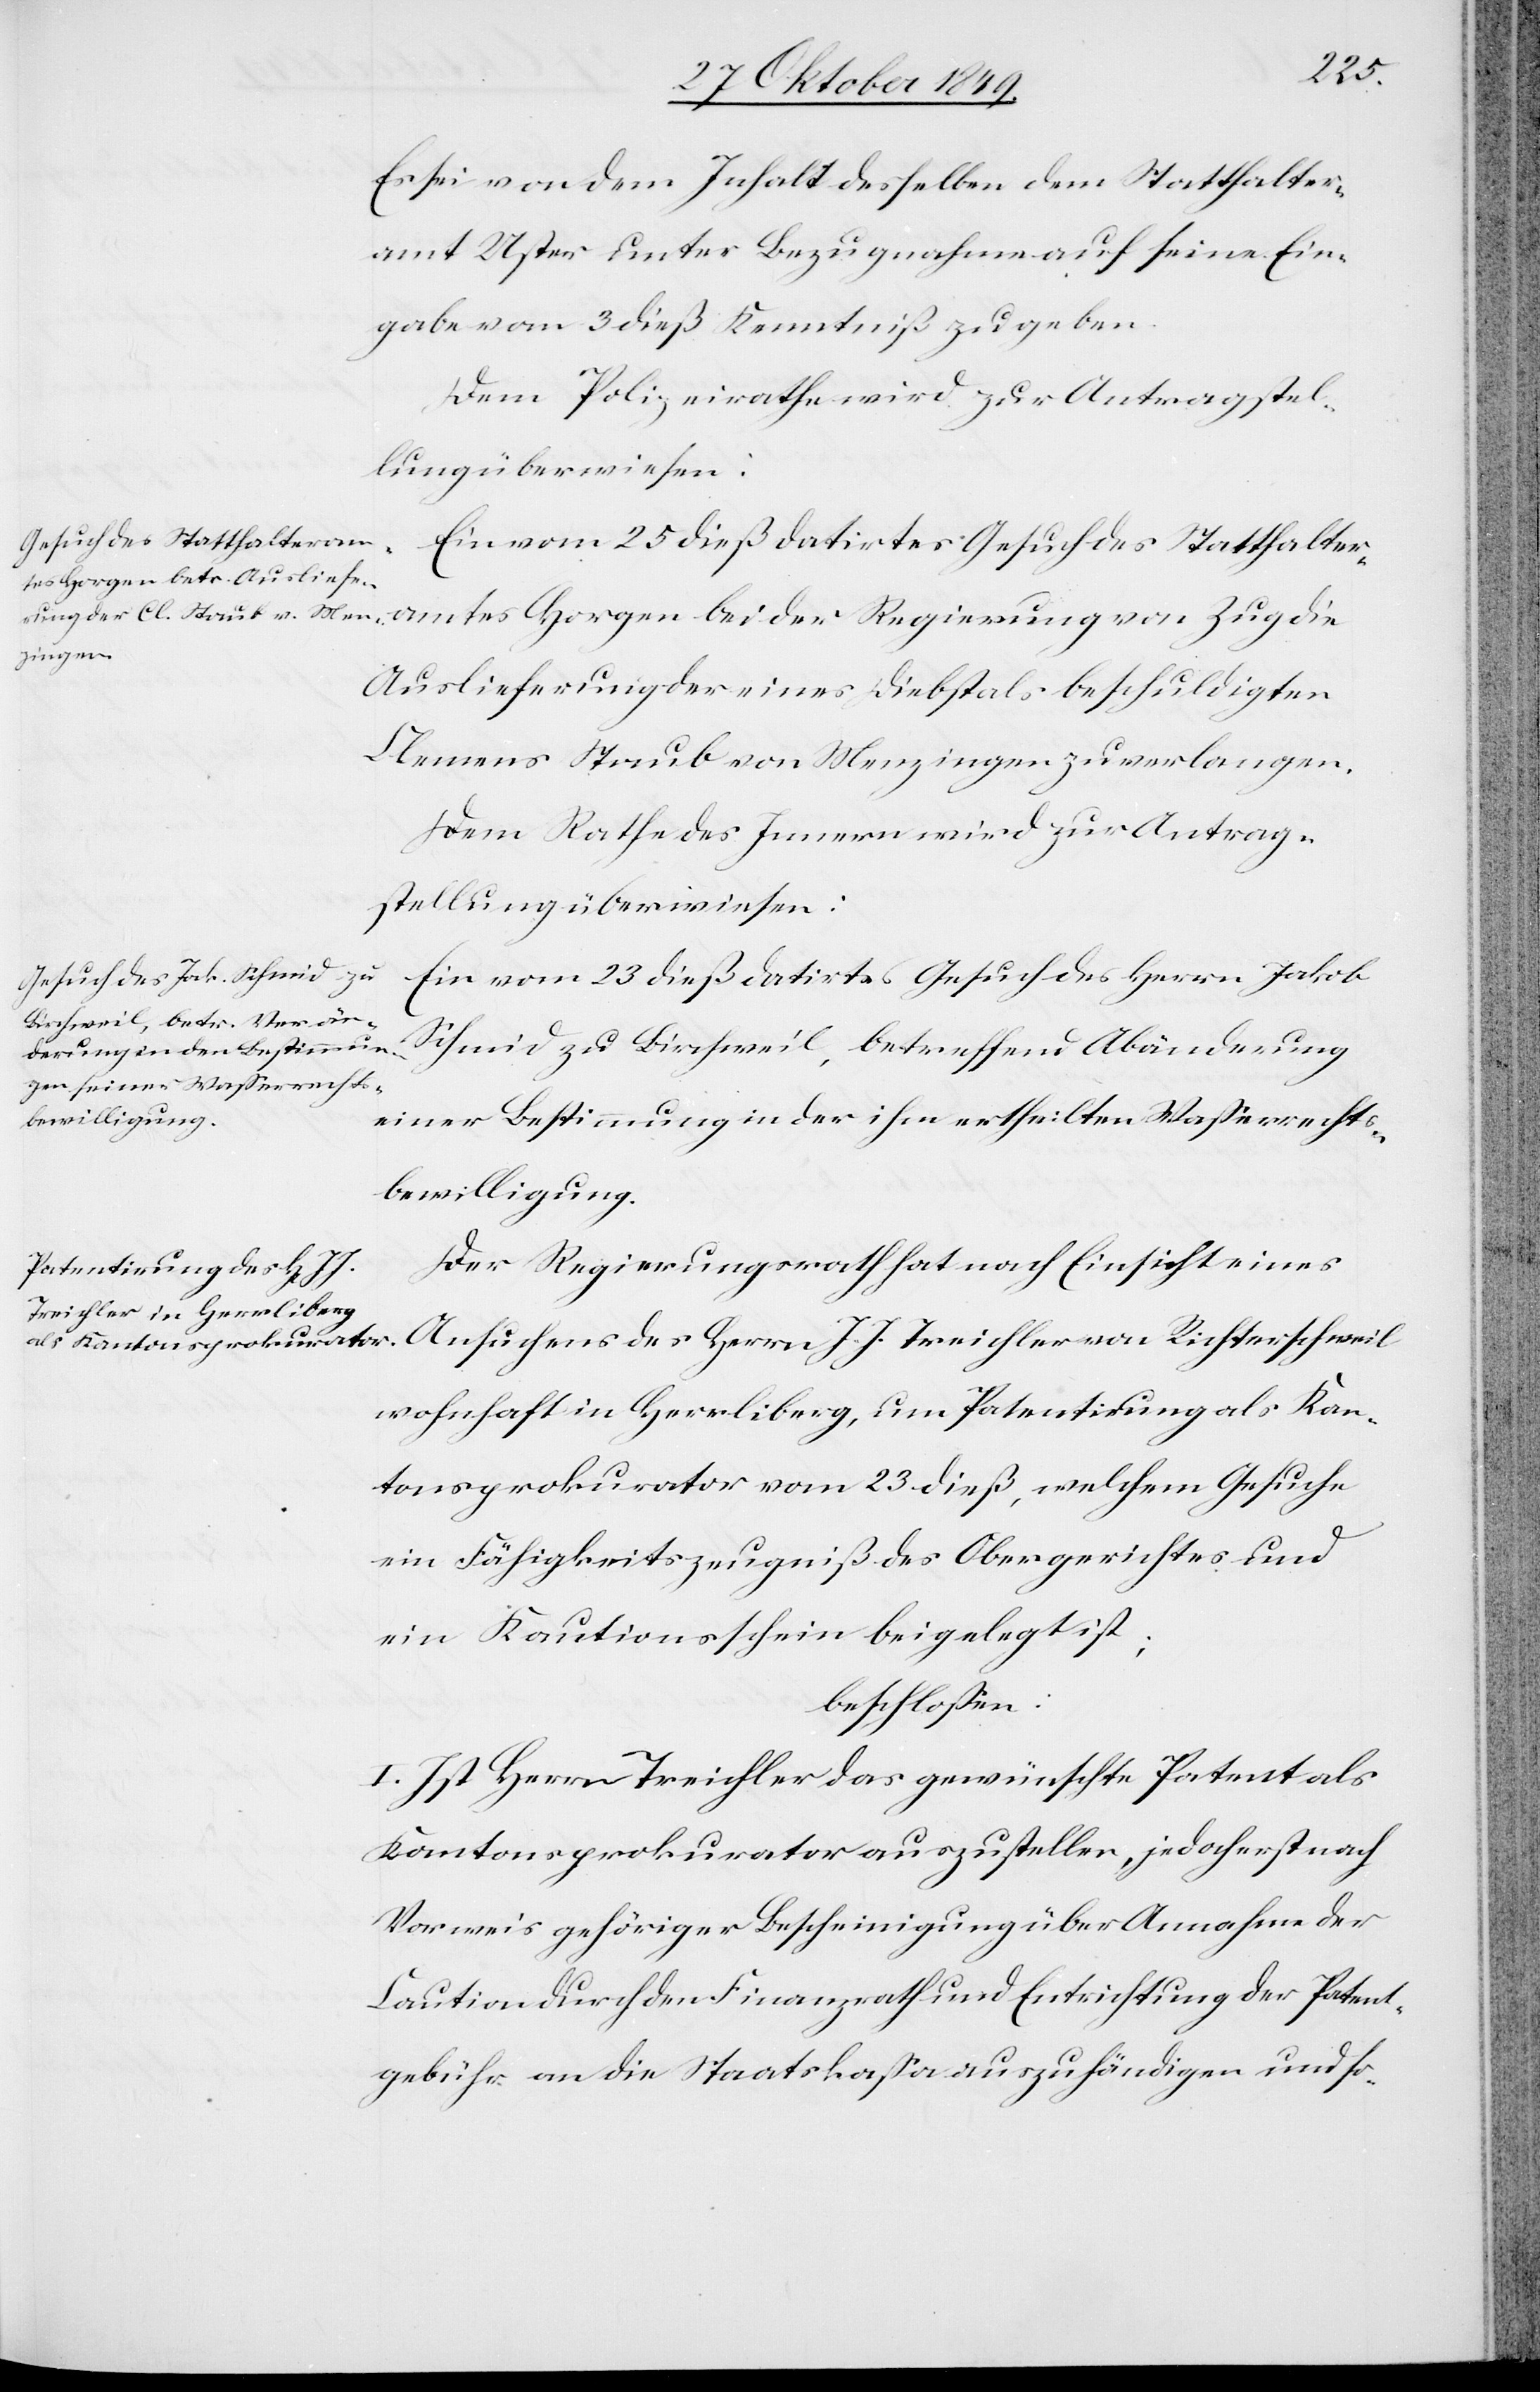
Rich¬
Es sei von dem Inhalt desselben dem Statthalter¬
amt Uster unter Bezugnahme auf seine Ein¬
gabe vom 3 dieß Kenntniß zu geben.
Ein vom 25 dieß datirtes Gesuch des Statthaltera¬
Auslieferung der eines Diebstals beschuldigten
Clemens Strub von Menzingen zu verlangen.
Dem Rathe des Innern wird zur Antrag¬
stellung überwiesen:
Ein vom 23 dieß datirtes Gesuch des Herrn Jakob
Schmid zu Birchweil, betreffend Abänderung
terschweil
einer Bestimmung in der ihm ertheilten Waßerrechts¬
bewilligung.
Der Regierungsrath hat nach Einsicht eines
wohnhaft in Herrliberg, um Patentirung als Kan¬
tonsprokurator vom 23 dieß, welchem Gesuche
ein Fähigkeitszeugniß des Obergerichtes und
ein Kautionsschein beigelegt ist;
beschloßen:
I. Ist Herrn Treichler das gewünschte Patent als
Kantonsprokurator auszustellen, jedoch erst nach
Vorweis gehöriger Bescheinigung über Annahme der
Caution durch den Finanzrath und Entrichtung der Patent¬
gebühr an die Staatskaßa auszuhändigen und so-